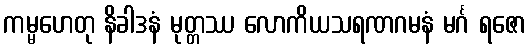
ကမ္မဟေတု နိခါဒနံ မုတ္တဿ လောကိယသရဏဂမနံ မင်္ဂ ရဇော